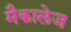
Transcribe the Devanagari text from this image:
मैकालेज